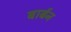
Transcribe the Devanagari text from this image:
बार्बन